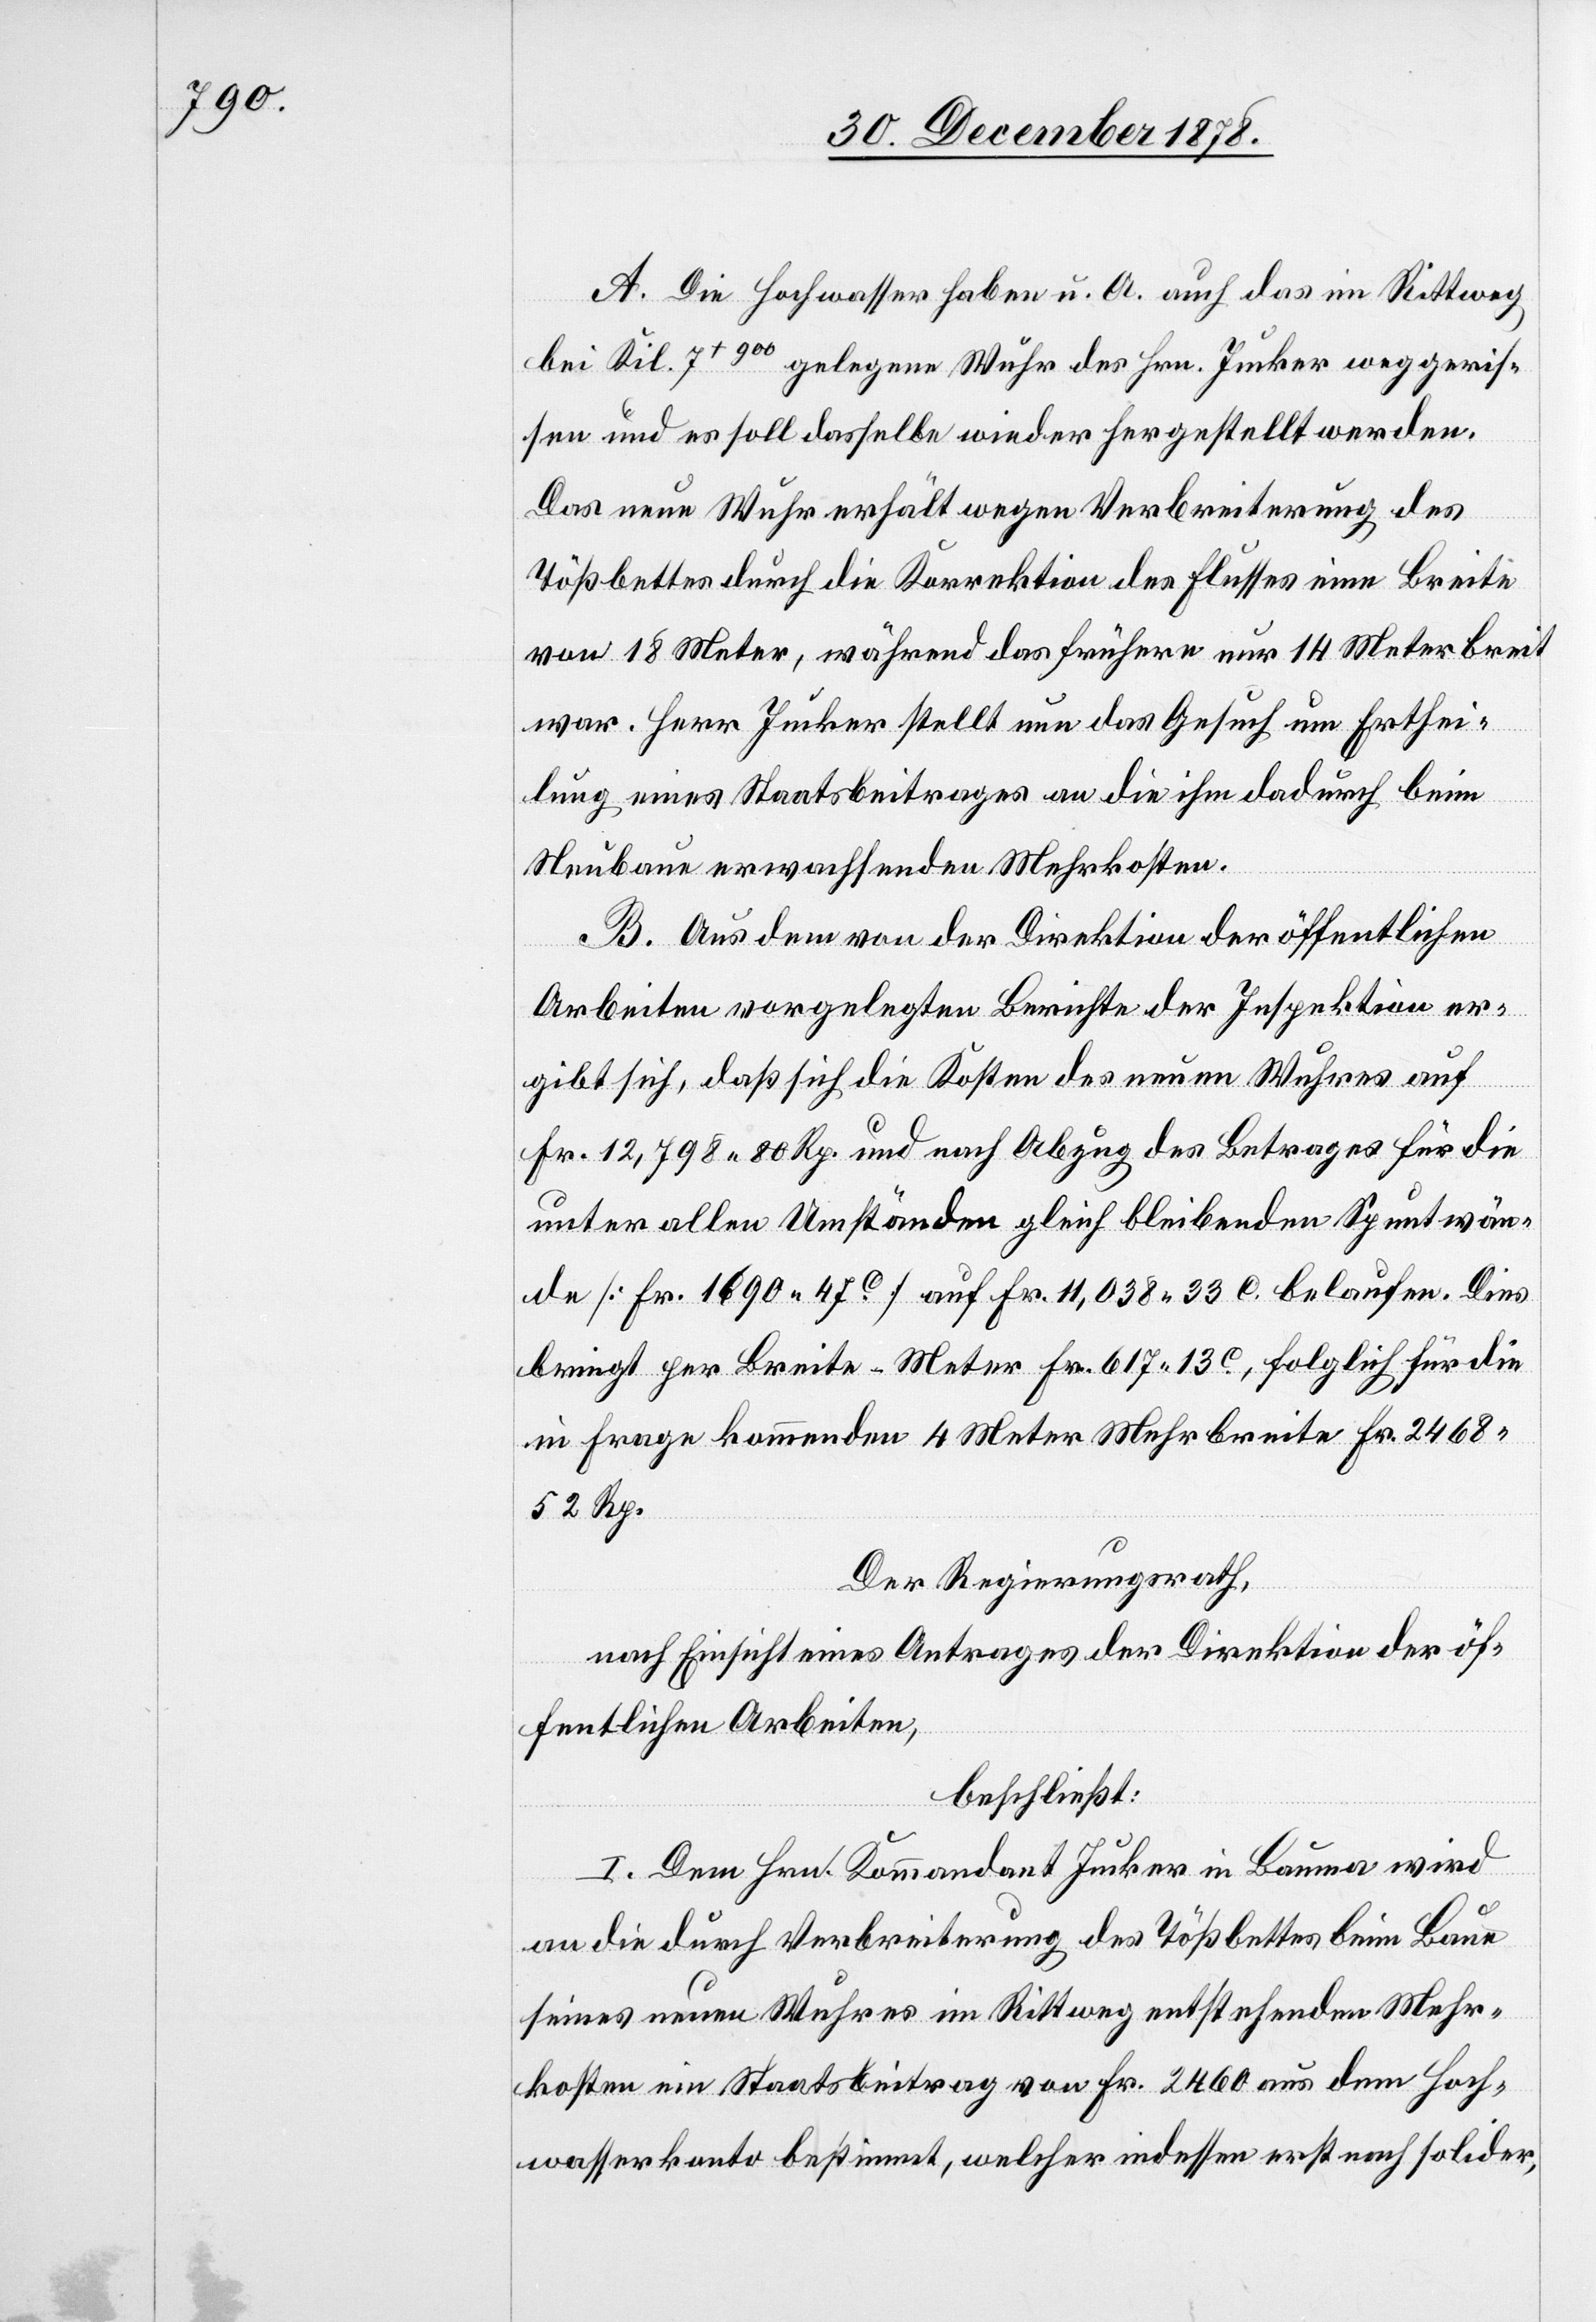
A. Die Hochwasser haben u. A. auch das im Rittweg
bei Kil. 7+900 gelegene Wuhr des Hrn. Jucker weggeris¬
sen und es soll dasselbe wieder hergestellt werden.
Das neue Wuhr erhält wegen Verbreiterung des
Tößbettes durch die Korrektion des Flusses eine Breite
von 18 Meter, während das frühere nur 14 Meter breit
war. Herr Jucker stellt nun das Gesuch um Erthei¬
lung eines Staatsbeitrages an die ihm dadurch beim
Neubaue erwachsenden Mehrkosten.
B. Aus dem von der Direktion der öffentlichen
Arbeiten vorgelegten Berichte der Inspektion er¬
gibt sich, daß sich die Kosten des neuen Wuhres auf
Fr. 12,798 80 Rp. und nach Abzug des Betrages für die
unter allen Umständen gleich bleibenden Spuntwän¬
de [Fr. 1690 47C] auf Fr. 11,038 33 C. belaufen. Dies
bringt per Breite-Meter Fr. 617 13C, folglich für die
in Frage kommenden 4 Meter Mehrbreite Fr. 2468
52 Rp.
Der Regierungsrath,
nach Einsicht eines Antrages der Direktion der öf¬
fentlichen Arbeiten,
beschließt:
I. Dem Hrn. Kommandant Jucker in Bauma wird
an die durch Verbreiterung des Tößbettes beim Baue
seines neuen Wuhres im Rittweg entstehenden Mehr¬
kosten ein Staatsbeitrag von Fr. 2460 aus dem Hoch¬
wasserkonto bestimmt, welcher indessen erst nach solider,